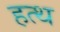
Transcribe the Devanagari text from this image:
हत्थ